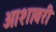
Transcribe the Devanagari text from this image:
आशावरी